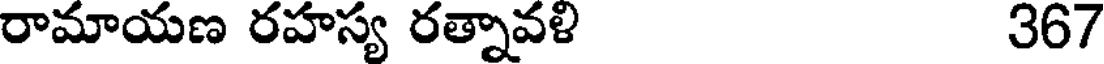
రామాయణ రహస్య రత్నావళి 367